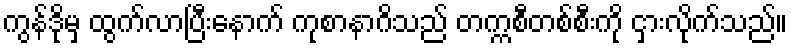
ကွန်ဒိုမှ ထွက်လာပြီးနောက် ကုစာနာဂိသည် တက္ကစီတစ်စီးကို ငှားလိုက်သည်။